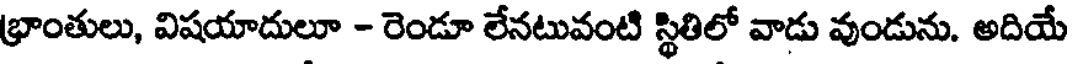
భ్రాంతులు, విషయాదులూ - రెండూ లేనటువంటి స్థితిలో వాడు వుండును. అదియే